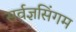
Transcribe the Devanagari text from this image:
सर्वज्ञसिंगम